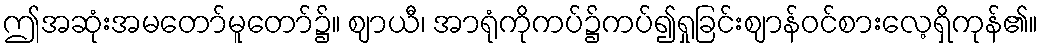
ဤအဆုံးအမတော်မူတော်၌။ ဈာယီ၊ အာရုံကိုကပ်၌ကပ်၍ရှုခြင်းဈာန်ဝင်စားလေ့ရှိကုန်၏။